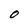
Character: O